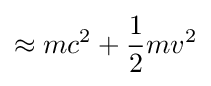
\approx mc^{2}+{\frac {1}{2}}mv^{2}